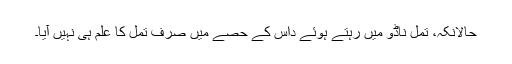
حالانکہ، تمل ناڈو میں رہتے ہوئے داس کے حصے میں صرف تمل کا علم ہی نہیں آیا۔